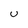
Character: U